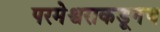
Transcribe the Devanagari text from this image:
परमेश्वराकडूनच